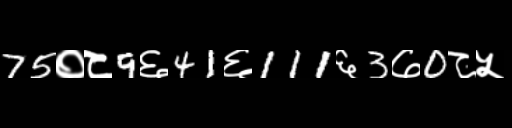
Text: 75०८9६41६111६3७0८५